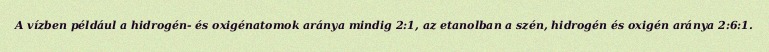
A vízben például a hidrogén- és oxigénatomok aránya mindig 2:1, az etanolban a szén, hidrogén és oxigén aránya 2:6:1.